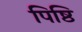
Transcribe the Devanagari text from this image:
पिष्ठि